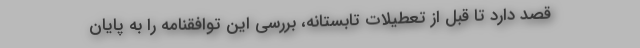
قصد دارد تا قبل از تعطیلات تابستانه، بررسی این توافقنامه را به پایان